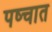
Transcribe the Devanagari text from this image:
पष्चात